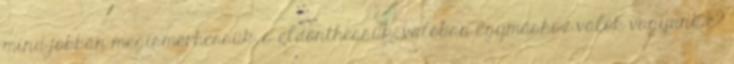
mind jobban megismerhessük, s eldönthessük, valóban egymáshoz valók vagyunk-e?